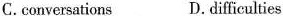
C.conversations D difficulties